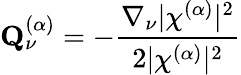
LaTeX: \mathbf{Q}_{\nu}^{(\alpha)}=-\frac{\nabla_{\nu}\vert\chi^{(\alpha)}\vert^{2}}{2\vert\chi^{(\alpha)}\vert^{2}}